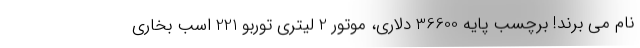
نام می برند! برچسب پایه 36600 دلاری، موتور 2 لیتری توربو 221 اسب بخاری